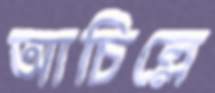
আচিল্লে